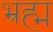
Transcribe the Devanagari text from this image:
भ्रह्म